Subject: math
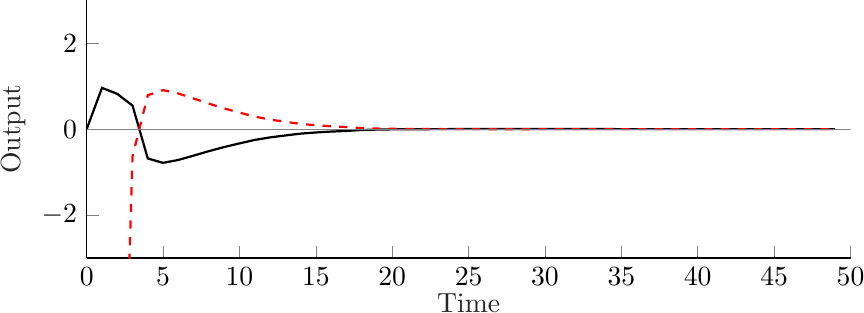
LaTeX code:
\begin{tikzpicture}

\begin{axis}[%
width=.8\columnwidth,
height=.27\columnwidth,
at={(0in,0in)},
scale only axis,
bar shift auto,
xmin=0,
xmax=50,
xlabel style={font=\color{white!15!black},yshift=2mm},%,font=\fsize},
xlabel={Time},
ymin=-3,
ymax=3,
ylabel style={font=\color{white!15!black},align=center,yshift=-3mm},%,font=\fsize},
ylabel={Output},
axis background/.style={fill=white},
axis x line*=bottom,
axis y line*=left,
legend style={legend cell align=left, align=left, draw=white!15!black}%, font = \fsiz
]
\addplot[draw= black,thick] table[row sep=crcr] {
-5	0	\\
-4	0	\\
-3	0	\\
-2	0	\\
-1	0	\\
0	0	\\
1	0.96	\\
2	0.8204	\\
3	0.5472	\\
4	-0.6835	\\
5	-0.7852	\\
6	-0.7175	\\
7	-0.6167	\\
8	-0.513	\\
9	-0.4169	\\
10	-0.3329	\\
11	-0.2514	\\
12	-0.1931	\\
13	-0.1476	\\
14	-0.1055	\\
15	-0.0779	\\
16	-0.0575	\\
17	-0.0423	\\
18	-0.0209	\\
19	-0.0107	\\
20	-0.0058	\\
21	-0.0029	\\
22	-0.0012	\\
23	-0.0002	\\
24	0.0003	\\
25	0.0005	\\
26	0.0006	\\
27	0.0008	\\
28	0.0007	\\
29	0.0006	\\
30	0.0005	\\
31	0.0004	\\
32	0.0004	\\
33	0.0003	\\
34	0.0002	\\
35	0.0001	\\
36	0.0001	\\
37	0.0001	\\
38	0.0001	\\
39	0	\\
40	0	\\
41	0	\\
42	0	\\
43	0	\\
44	0	\\
45	0	\\
46	0	\\
47	0	\\
48	0	\\
49	0	\\
};

\addplot[draw= red,thick,dashed] table[row sep=crcr] {
-5	0	\\
-4	0	\\
-3	0	\\
-2	0	\\
-1	0	\\
0	-11.5579	\\
1	-12.6675	\\
2	-12.5062	\\
3	-0.6324	\\
4	0.79	\\
5	0.9076	\\
6	0.8293	\\
7	0.7128	\\
8	0.5929	\\
9	0.4819	\\
10	0.3848	\\
11	0.2906	\\
12	0.2232	\\
13	0.1706	\\
14	0.122	\\
15	0.09	\\
16	0.0664	\\
17	0.0488	\\
18	0.0242	\\
19	0.0124	\\
20	0.0067	\\
21	0.0034	\\
22	0.0014	\\
23	0.0003	\\
24	-0.0003	\\
25	-0.0006	\\
26	-0.0007	\\
27	-0.0009	\\
28	-0.0009	\\
29	-0.0008	\\
30	-0.0006	\\
31	-0.0005	\\
32	-0.0004	\\
33	-0.0003	\\
34	-0.0002	\\
35	-0.0002	\\
36	-0.0001	\\
37	-0.0001	\\
38	-0.0001	\\
39	0	\\
40	0	\\
41	0	\\
42	0	\\
43	0	\\
44	0	\\
45	0	\\
46	0	\\
47	0	\\
48	0	\\
49	0	\\
};

\addplot[draw=gray,thin] table[row sep=crcr] {
	0 0 \\
	50 0 \\
};

\end{axis}
\end{tikzpicture}